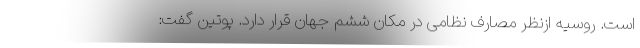
است. روسیه ازنظر مصارف نظامی در مکان ششم جهان قرار دارد. پوتین گفت: